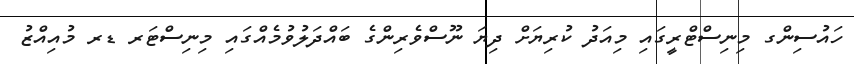
ހައުސިންގ މިނިސްޓްރީގައި މިއަދު ކުރިޔަށް ދިޔަ ނޫސްވެރިންގެ ބައްދަލުވުމެއްގައި މިނިސްޓަރ ޑރ މުއިއްޒު